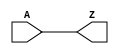
module BUF_X16 (A, Z);
  input A;
  output Z;
  buf(Z, A);
  specify
    (A => Z) = (0.1, 0.1);
  endspecify
endmodule